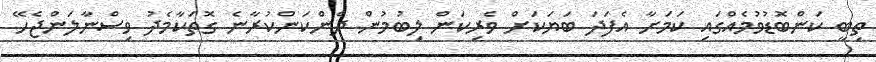
ތިބީ ކަންބޮޑުވުމެއްގައި ކަމަށާ އެފަދަ ބަޔަކަށް ވެރިކަން ލިބުމުން ދެންކަންކުރާނެ ގޮތަކާމެދު ވިސްނާލަންޖެހޭ